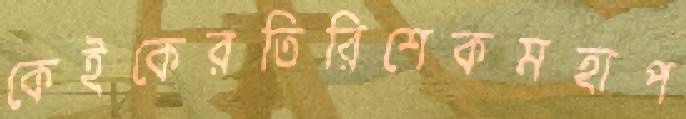
কেইকেরতিরিশেকমহাপ